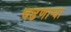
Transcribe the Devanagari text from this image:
चढणार्‍या